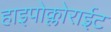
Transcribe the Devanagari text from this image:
हाइपोक्लोराईट